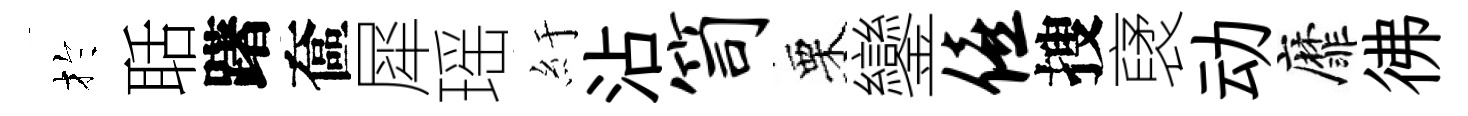
扵聒躇奩犀瑶紆沾笥栗鑾僖搜裦动靡彿